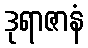
ဒုရာဇာနံ